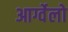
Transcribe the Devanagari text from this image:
आर्ग्वेलो